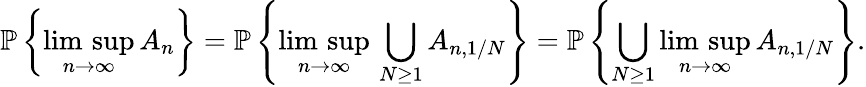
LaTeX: \mathbb{P}\left\{ \underset{n\rightarrow\infty}{\mathrm{\operatorname*{lim}\, sup}}\, A_{n}\right\} =\mathbb{P}\left\{ \underset{n\rightarrow\infty}{\mathrm{\operatorname*{lim}\, sup}}\, \bigcup_{N\geq 1}A_{n,1/N}\right\} =\mathbb{P}\left\{ \bigcup_{N\geq 1}\underset{n\rightarrow\infty}{\mathrm{\operatorname*{lim}\, sup}}\, A_{n,1/N}\right\} .